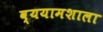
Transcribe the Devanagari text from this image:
व्ययामशाला